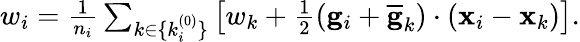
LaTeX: \begin{array}{r}{{w}_{i}=\frac{1}{n_{i}}\sum_{k\in\{ k_{i}^{(0)}\} }\left[{w}_{k}+\frac{1}{2}\left({\mathbf g}_{i}+\overline{{\mathbf g}}_{k}\right)\cdot({\mathbf x}_{i}-{\mathbf x}_{k})\right].}\end{array}